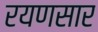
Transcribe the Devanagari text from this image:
रयणसार